Lunatic asylums Punjab 1881-1894 - 1881-1894
Year: 1881
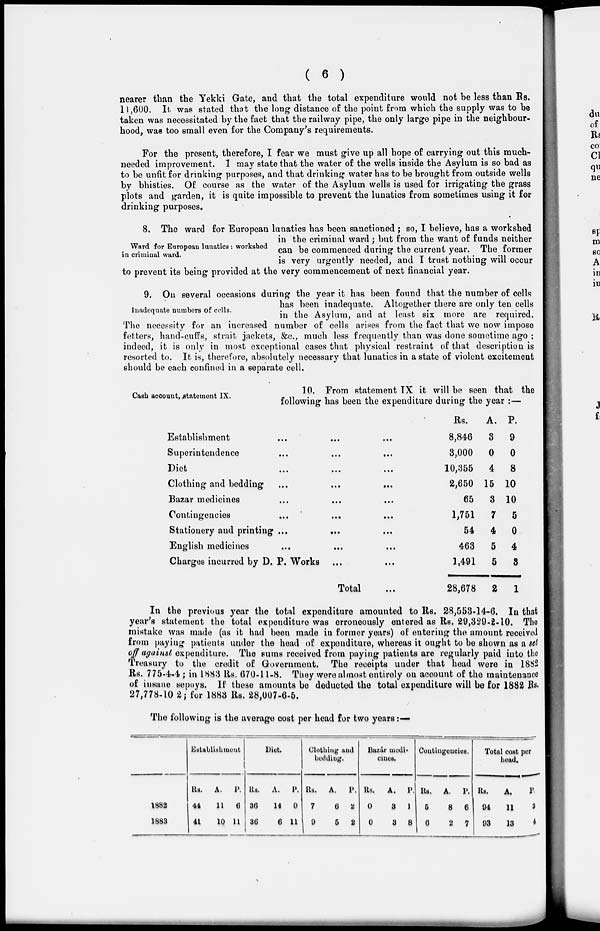
( 6 )
nearer than the Yekki Gate, and that the total expenditure would not be less than Rs.
11,600. It was stated that the long distance of the point from which the supply was to be
taken was necessitated by the fact that the railway pipe, the only large pipe in the neighbour-
hood, was too small even for the Company's requirements.
For the present, therefore, I fear we must give up all hope of carrying out this much-
needed improvement. I may state that the water of the wells inside the Asylum is so bad as
to be unfit for drinking purposes, and that drinking water has to be brought from outside wells
by bhisties. Of course as the water of the Asylum wells is used for irrigating the grass
plots and garden, it is quite impossible to prevent the lunatics from sometimes using it for
drinking purposes.
Ward for European lunatics : workshet
in criminal ward.
8. The ward for European lunatics has been sanctioned ; so, I believe, has a workshed
in the criminal ward ; but from the want of funds neither
can be commenced during the current year. The former
is very urgently needed, and I trust nothing will occur
to prevent its being provided at the very commencement of next financial year.
Inadequate numbers of cells.
9. On several occasions during the year it has been found that the number of cells
has been inadequate. Altogether there are only ten cells
in the Asylum, and at least six more are required.
The necessity for an increased number of cells arises from the fact that we now impose
fetters, hand-cuffs, strait jackets, &c, much less frequently than was done sometime ago ;
indeed, it is only in most exceptional cases that physical restraint of that description is
resorted to. It is, therefore, absolutely necessary that lunatics in a state of violent excitement
should be each confined in a separate cell.
Cash acoount, statement IX.
10. From statement IX it will be seen that the
following has been the expenditure during the year :—
Establishment ... ... ...
Superintendence ... ... ...
Diet ... ... ...
Clothing and bedding ... ... ...
Bazar medicines ... ... ...
Contingencies ... ... ...
Stationery and printing ... ... ...
English medicines ... ... ...
Charges incurred by D. P. Works ... ...
Total ...
Rs.
8,846
3,000
10,355
2,650
65
1,751
54
463
1,491
28,678
A.
3
0
4
15
3
7
4
5
5
2
P.
9
0
8
10
10
5
0
4
3
1
In the previous year the total expenditure amounted to Rs. 28,553-14-6. In that
year's statement the total expenditure was erroneously entered as Rs. 29,329-2-10. The
mistake was made (as it had been made in former years) of entering the amount received
from paying patients under the head of expenditure, whereas it ought to be shown as a set
off against expenditure. The sums received from paying patients are regularly paid into the
Treasury to the credit of Government. The receipts under that head were in 1882
Rs. 775-4-4 ; in 1883 Rs. 670-11-8. They were almost entirely on account of the maintenance
of insane sepoys. If these amounts be deducted the total expenditure will be for 1882 Rs.
27,778-10 2; for 1883 Rs. 28,007-6-5.
The following is the average cost per head for two years:—
1882
1883
Establishment
Rs.
44
41
A.
11
10
P.
6
11
Diet.
Rs.
36
36
A.
14
6
P.
0
11
Clothing and
bedding.
Rs.
7
9
A.
6
5
P.
2
2
Bazár medi-
ciuos.
Rs.
0
0
A.
3
3
P.
1
8
Contingencies.
Rs.
6
6
A.
8
2
P.
6
7
Total cost per
head.
Rs.
94
93
A.
11
13
P.
3
4